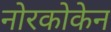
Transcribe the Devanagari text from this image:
नोरकोकेन